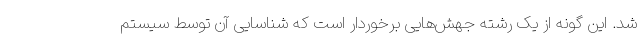
شد. این گونه از یک رشته جهش‌هایی برخوردار است که شناسایی آن توسط سیستم